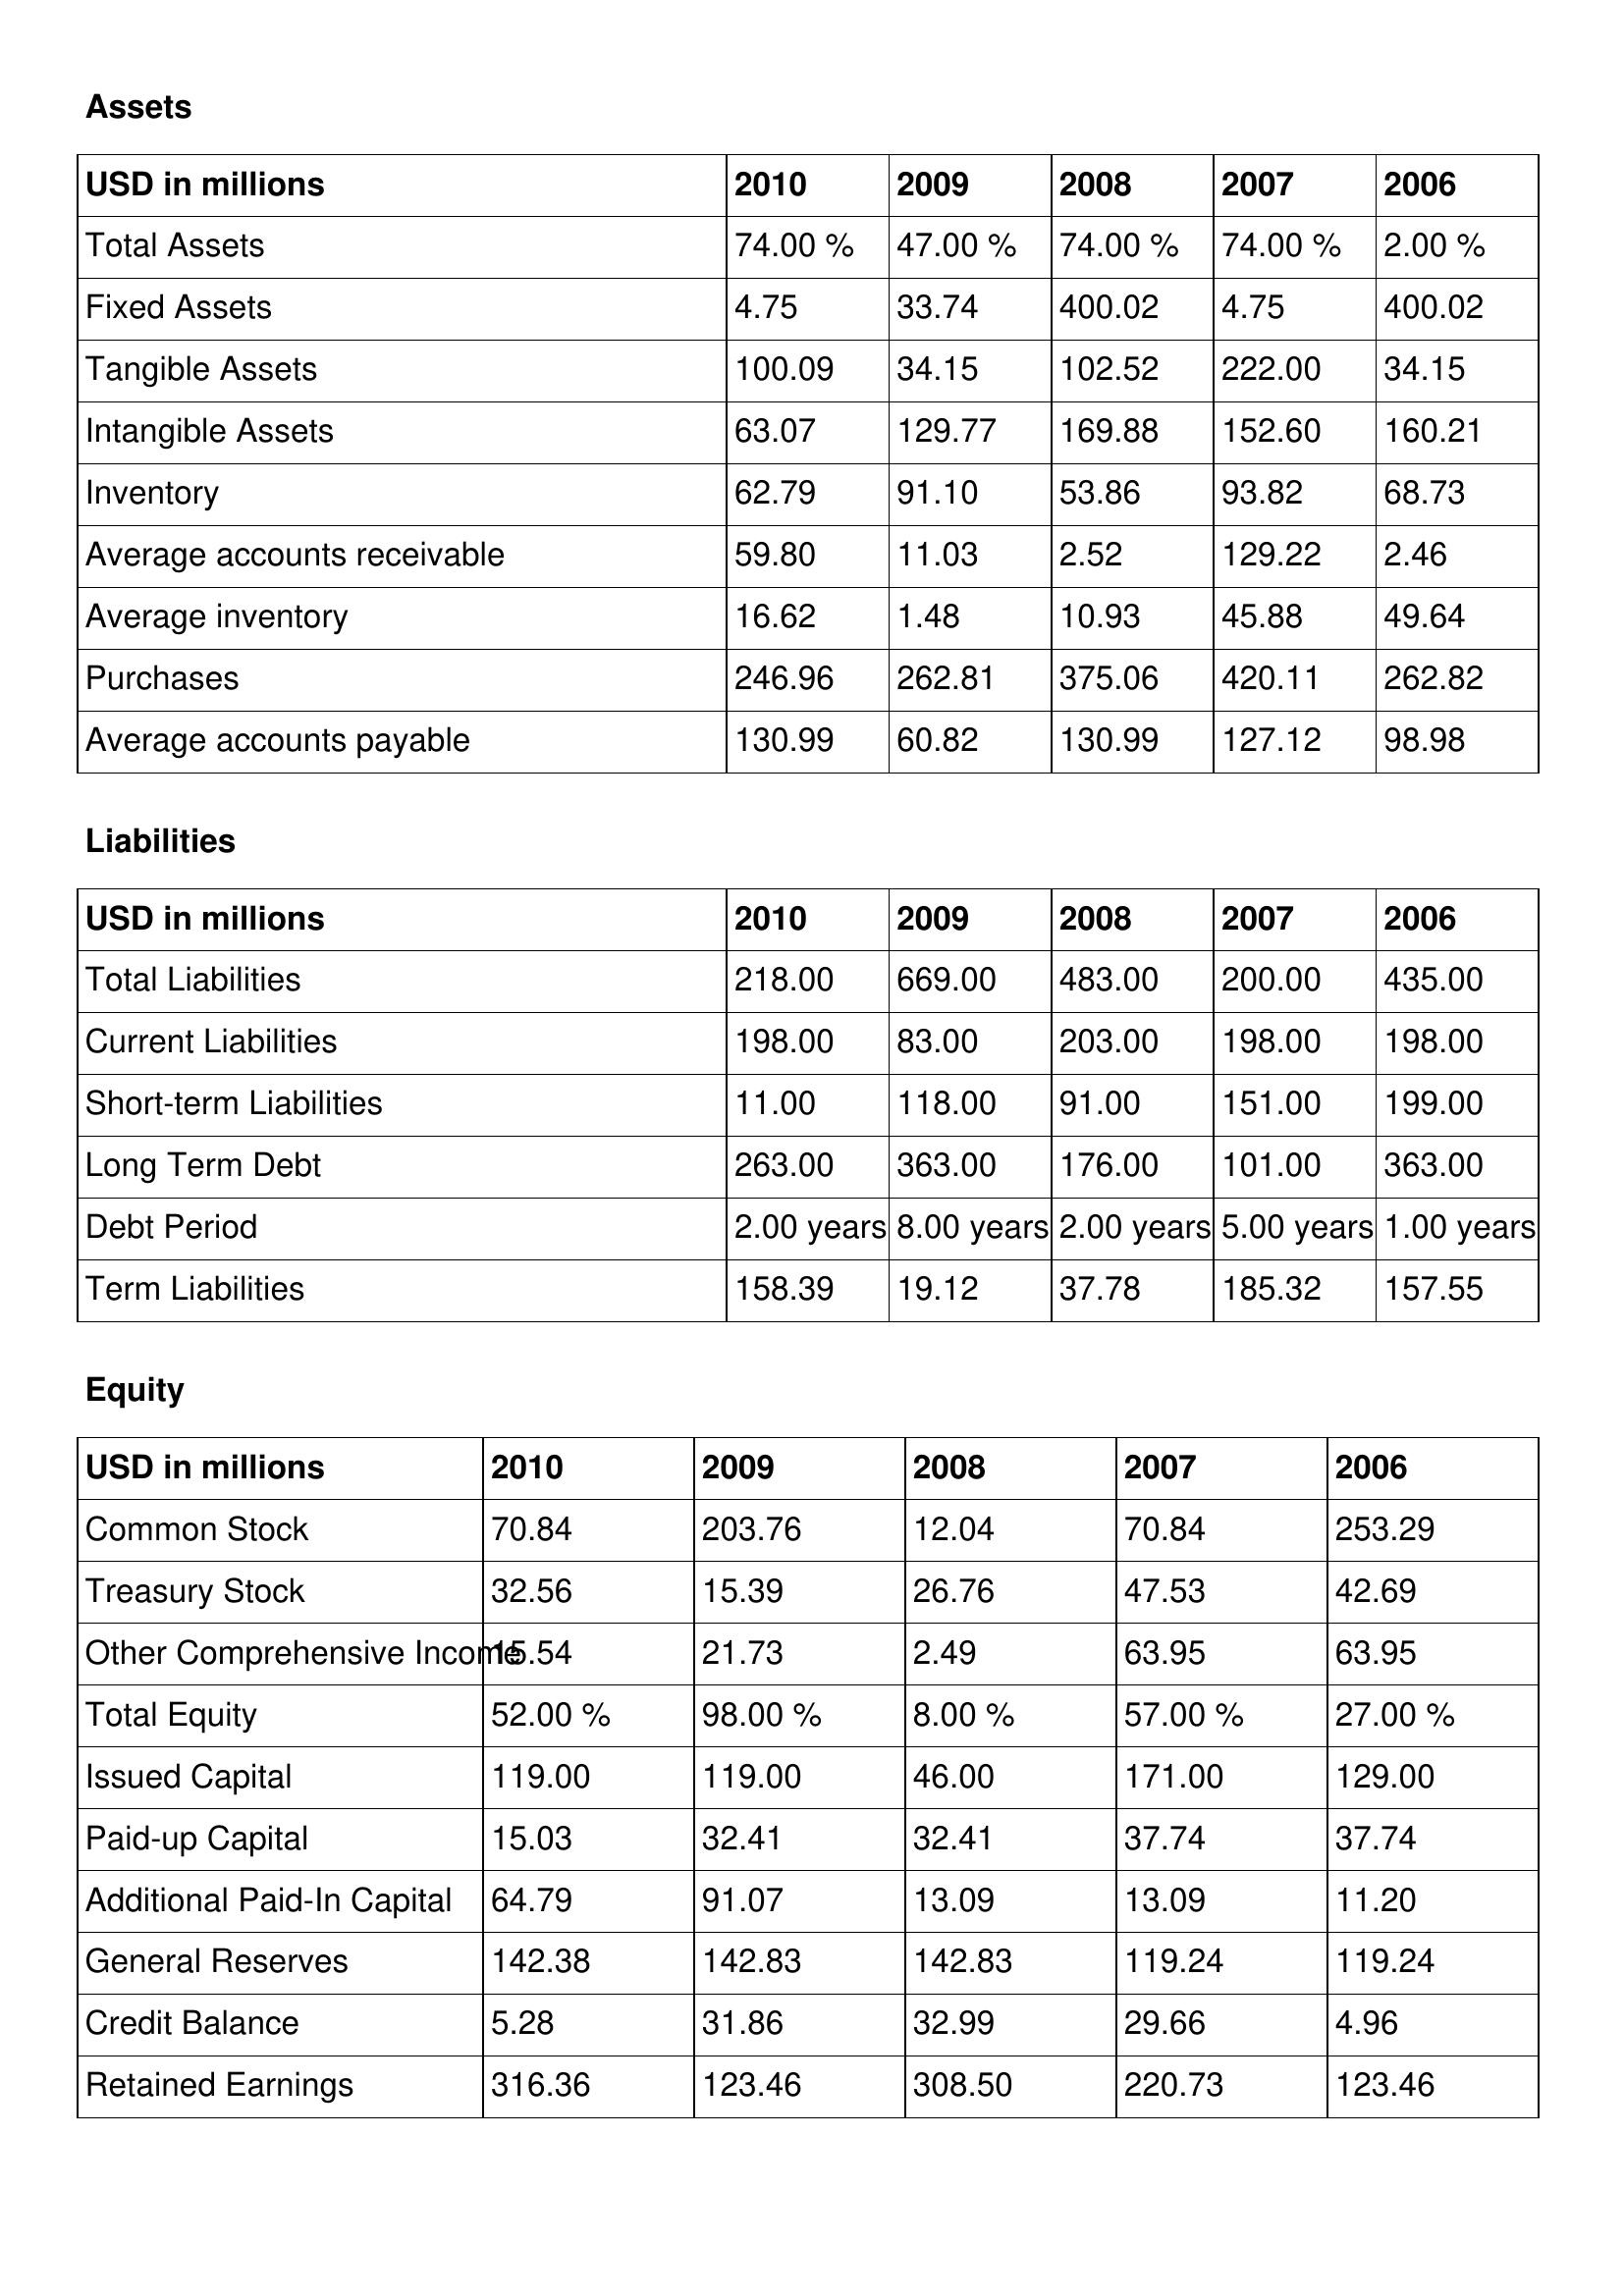
gt_parse: 2010: Assets: Total Assets: 74.00 %
Fixed Assets: 4.75
Tangible Assets: 100.09
Intangible Assets: 63.07
Inventory: 62.79
Average accounts receivable: 59.80
Average inventory: 16.62
Purchases: 246.96
Average accounts payable: 130.99
Liabilities: Total Liabilities: 218.00
Current Liabilities: 198.00
Short-term Liabilities: 11.00
Long Term Debt: 263.00
Debt Period: 2.00 years
Term Liabilities: 158.39
Equity: Common Stock: 70.84
Treasury Stock: 32.56
Other Comprehensive Income: 15.54
Total Equity: 52.00 %
Issued Capital: 119.00
Paid-up Capital: 15.03
Additional Paid-In Capital: 64.79
General Reserves: 142.38
Credit Balance: 5.28
Retained Earnings: 316.36
2009: Assets: Total Assets: 47.00 %
Fixed Assets: 33.74
Tangible Assets: 34.15
Intangible Assets: 129.77
Inventory: 91.10
Average accounts receivable: 11.03
Average inventory: 1.48
Purchases: 262.81
Average accounts payable: 60.82
Liabilities: Total Liabilities: 669.00
Current Liabilities: 83.00
Short-term Liabilities: 118.00
Long Term Debt: 363.00
Debt Period: 8.00 years
Term Liabilities: 19.12
Equity: Common Stock: 203.76
Treasury Stock: 15.39
Other Comprehensive Income: 21.73
Total Equity: 98.00 %
Issued Capital: 119.00
Paid-up Capital: 32.41
Additional Paid-In Capital: 91.07
General Reserves: 142.83
Credit Balance: 31.86
Retained Earnings: 123.46
2008: Assets: Total Assets: 74.00 %
Fixed Assets: 400.02
Tangible Assets: 102.52
Intangible Assets: 169.88
Inventory: 53.86
Average accounts receivable: 2.52
Average inventory: 10.93
Purchases: 375.06
Average accounts payable: 130.99
Liabilities: Total Liabilities: 483.00
Current Liabilities: 203.00
Short-term Liabilities: 91.00
Long Term Debt: 176.00
Debt Period: 2.00 years
Term Liabilities: 37.78
Equity: Common Stock: 12.04
Treasury Stock: 26.76
Other Comprehensive Income: 2.49
Total Equity: 8.00 %
Issued Capital: 46.00
Paid-up Capital: 32.41
Additional Paid-In Capital: 13.09
General Reserves: 142.83
Credit Balance: 32.99
Retained Earnings: 308.50
2007: Assets: Total Assets: 74.00 %
Fixed Assets: 4.75
Tangible Assets: 222.00
Intangible Assets: 152.60
Inventory: 93.82
Average accounts receivable: 129.22
Average inventory: 45.88
Purchases: 420.11
Average accounts payable: 127.12
Liabilities: Total Liabilities: 200.00
Current Liabilities: 198.00
Short-term Liabilities: 151.00
Long Term Debt: 101.00
Debt Period: 5.00 years
Term Liabilities: 185.32
Equity: Common Stock: 70.84
Treasury Stock: 47.53
Other Comprehensive Income: 63.95
Total Equity: 57.00 %
Issued Capital: 171.00
Paid-up Capital: 37.74
Additional Paid-In Capital: 13.09
General Reserves: 119.24
Credit Balance: 29.66
Retained Earnings: 220.73
2006: Assets: Total Assets: 2.00 %
Fixed Assets: 400.02
Tangible Assets: 34.15
Intangible Assets: 160.21
Inventory: 68.73
Average accounts receivable: 2.46
Average inventory: 49.64
Purchases: 262.82
Average accounts payable: 98.98
Liabilities: Total Liabilities: 435.00
Current Liabilities: 198.00
Short-term Liabilities: 199.00
Long Term Debt: 363.00
Debt Period: 1.00 years
Term Liabilities: 157.55
Equity: Common Stock: 253.29
Treasury Stock: 42.69
Other Comprehensive Income: 63.95
Total Equity: 27.00 %
Issued Capital: 129.00
Paid-up Capital: 37.74
Additional Paid-In Capital: 11.20
General Reserves: 119.24
Credit Balance: 4.96
Retained Earnings: 123.46